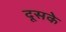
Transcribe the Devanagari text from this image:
दूसके